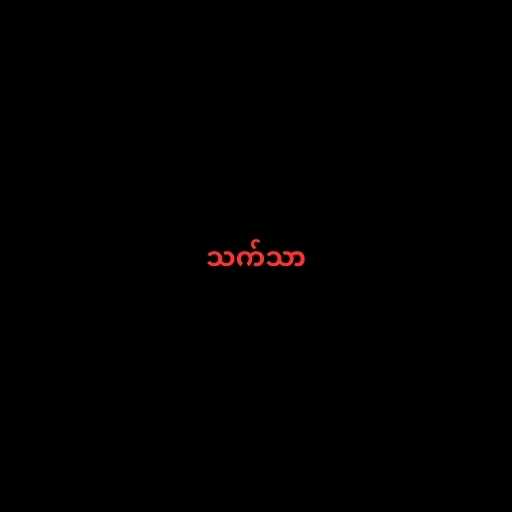
သက်သာ